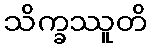
သိက္ခဿူတိ